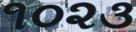
૧૦૨૩